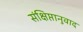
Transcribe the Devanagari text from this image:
संक्षिप्तानुवाद